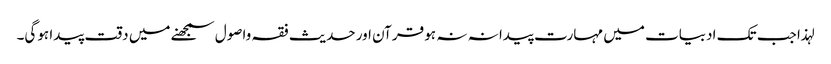
لہذا جب تک ادبیات میں مہارت پیدا نہ نہ ہو قرآن اور حدیث فقہ واصول سمجھنے میں دقت پیدا ہوگی۔